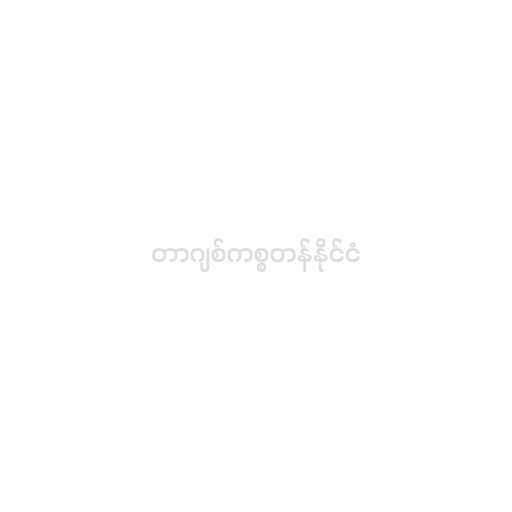
တာဂျစ်ကစ္စတန်နိုင်ငံ